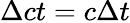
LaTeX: \Delta{ct}=c\Delta t